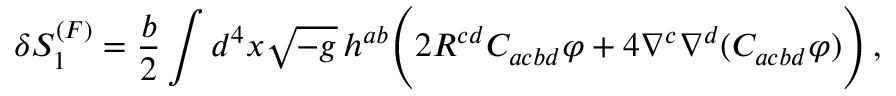
\delta S _ { 1 } ^ { ( F ) } = \frac { b } { 2 } \int d ^ { 4 } x \sqrt { - g } \, h ^ { a b } \Biggl ( 2 R ^ { c d } C _ { a c b d } \varphi + 4 \nabla ^ { c } \nabla ^ { d } ( C _ { a c b d } \varphi ) \Biggr ) \, ,